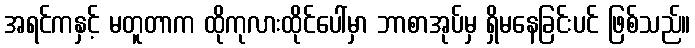
အရင်ကနှင့် မတူတာက ထိုကုလားထိုင်ပေါ်မှာ ဘာစာအုပ်မှ ရှိမနေခြင်းပင် ဖြစ်သည်။